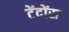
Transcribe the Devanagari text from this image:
टेंदोंस